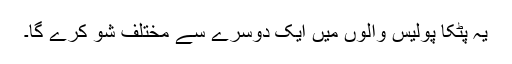
یہ پٹکا پولیس والوں میں ایک دوسرے سے مختلف شو کرے گا۔